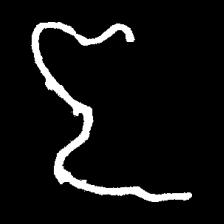
Pyu character \u2014 Myanmar letter: ဇ (romanized: ja)